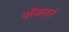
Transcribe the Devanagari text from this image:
फ्ऱैंकफ़ुर्त